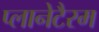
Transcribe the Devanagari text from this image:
प्लानेटैरम